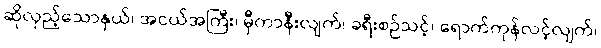
ဆိုလှည့်သောနှယ်၊ အငယ်အကြီး၊ မှီကာနီးလျက်၊ ခရီးစဉ်သင့်၊ ရောက်ကုန်လင့်လျက်၊